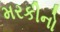
મરકીનો